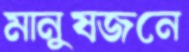
মানুষজনে